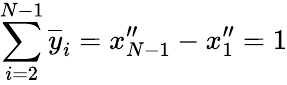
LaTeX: \sum_{i=2}^{N-1}\overline{{y}}_{i}=x_{N-1}^{\prime\prime}-x_{1}^{\prime\prime}=1